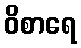
ဝိစာရေ